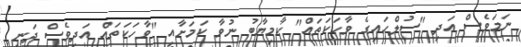
ނަމަވެސް އަދި "ސުލްހައިގެ ވާހަކަތައް" ކާމިޔާބު ނުވާ ކަމަށާއި "ވާހަކަތައް އަދިވެސް ދަނީ